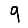
Digit: 9